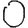
Digit: 0